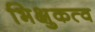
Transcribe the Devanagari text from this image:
भिक्षुकत्व